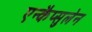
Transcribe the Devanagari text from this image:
एन्कैप्सुलेन